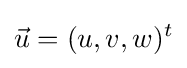
{\vec {u}}=(u,v,w)^{t}